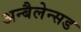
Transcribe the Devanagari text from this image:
अन्बैलेन्सड